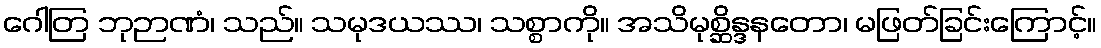
ဂေါတြ ဘုဉာဏံ၊ သည်။ သမုဒယဿ၊ သစ္စာကို။ အသိမုစ္ဆိန္ဒနတော၊ မဖြတ်ခြင်းကြောင့်။